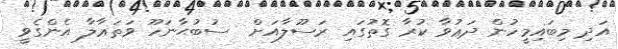
އަދި މިބައިމީހުން ދަޢުވާ ކުރާ ގޮތުގައި ރަސޫލާއަށް  ސުބުޙާނަހޫ ވަތަޢާލާ އެންގެވީ